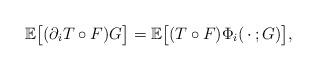
LaTeX: \begin{align*}{\mathbb E} \bigl[(\partial_i T \circ F ) G \bigr]={\mathbb E} \bigl[(T \circ F ) \Phi_i (\, \cdot\, ;G)\bigr],\end{align*}